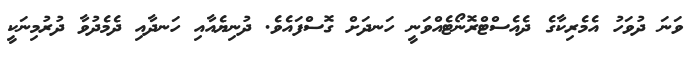
ވަނަ ދުވަހު އެމެރިކާގެ ދެއެސްޓްރޮނޯޓެއްވަނީ ހަނދަށް ގޮސްފައެވެ. ދުނިޔެއާއި ހަނދާއި ދެމެދުވާ ދުރުމިނަކީ